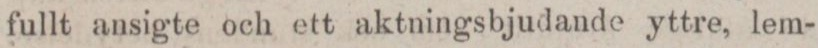
fullt ansigte och ett aktningsbjudande yttre, lem-